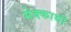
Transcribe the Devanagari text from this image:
मेक्कार्थी